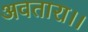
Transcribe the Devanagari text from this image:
अवतारा।।